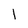
Character: l